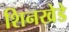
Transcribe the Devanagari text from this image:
शिनखेडे